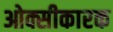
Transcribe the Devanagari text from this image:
ओक्सीकारक